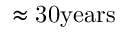
\approx { \mathrm { 3 0 y e a r s } }